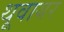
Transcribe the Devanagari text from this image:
थूवायर